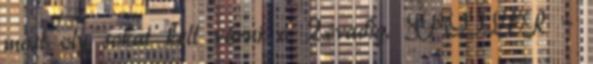
most oly sokat kell várni a 2.évadig. SPOILER –